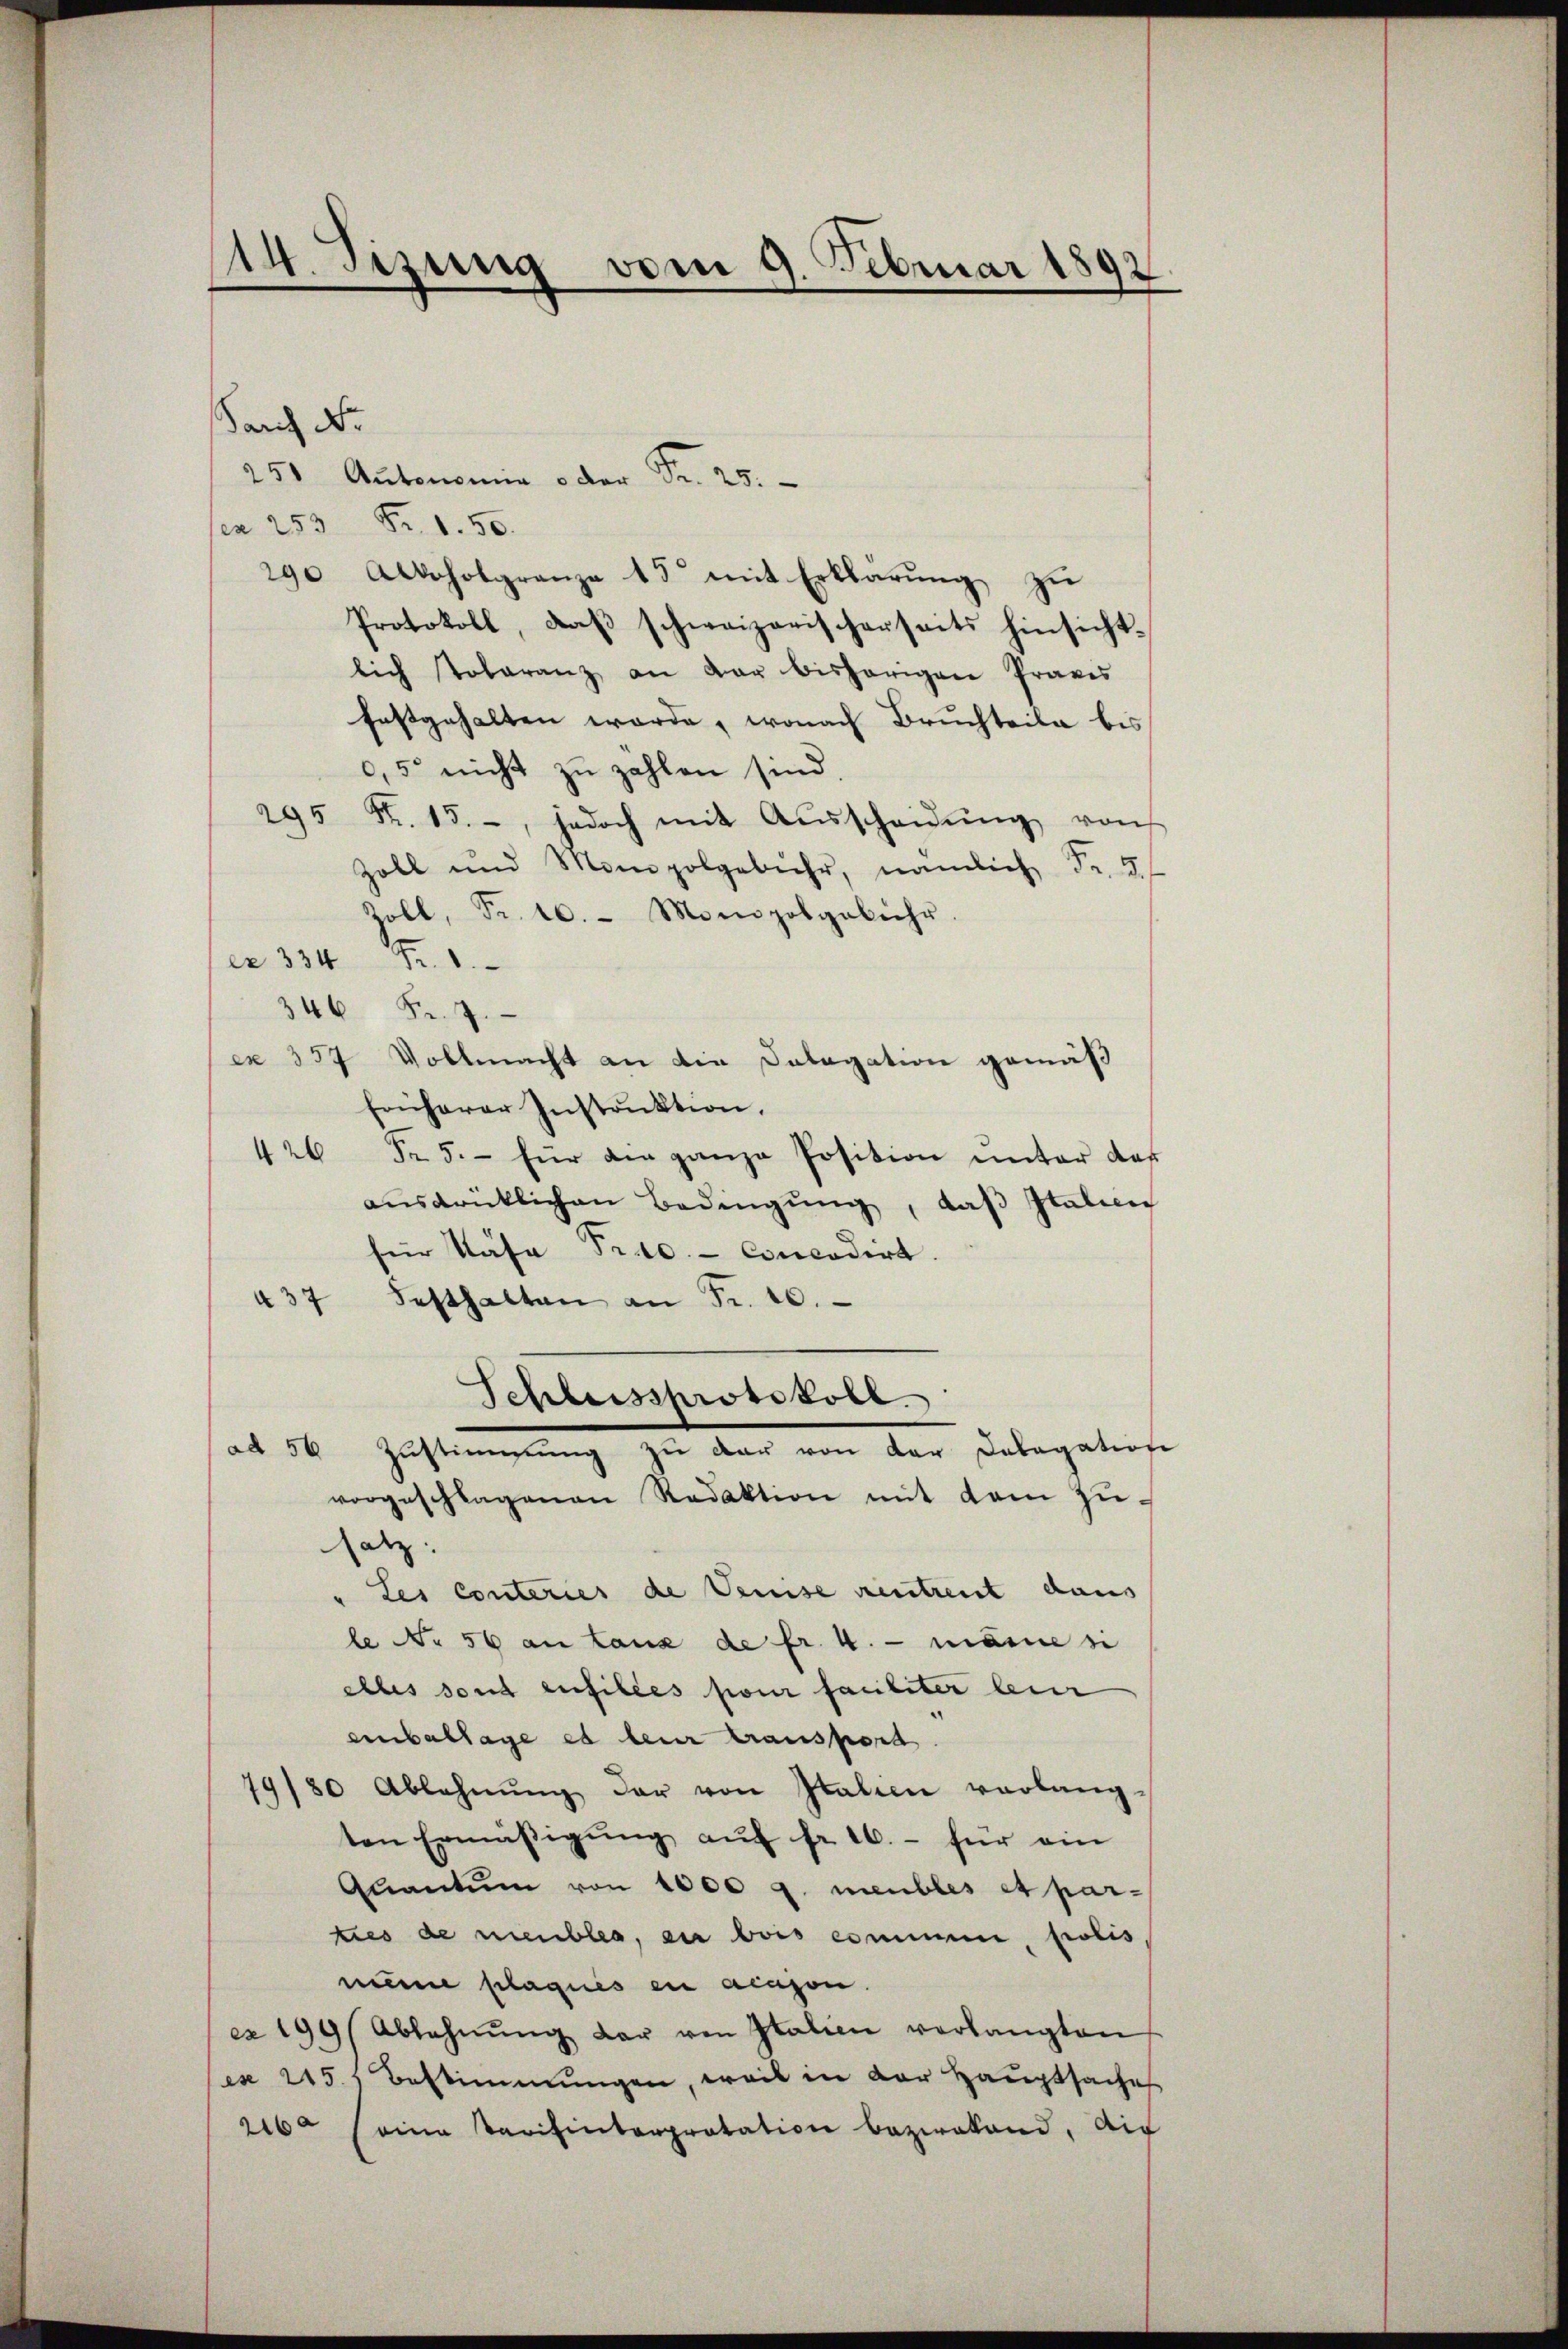
14. Sizung vom 9. Februar 1892
e

Sang Nr.
251 Autonomia o der Fr. 25.
sen 253 Fr. 1. 50.
290 Alkoholgrenza 15 mit Erklärŭng zŭ
Protokoll, daβ schweizerischerseits hinsicht-
lich Tobaranz an dar bisherigen Praxis
festgehalten werde, wonach Bruchteile bis
0,5 nicht zu zahlen sind.
295 Fr. 15., jedoch mit Aŭsscheidŭng von
Zoll und Monopolgebühr, nämlich Fr. 3.)
Zoll, Fr. 10. Monopolgebühr.
Fr. 1.
ex 334
346 Fr. 7.
ex 354
Vollmacht an die Datagation gemäß
früherer Instruktion.
426 Fr. 5.- für die ganze Position unter das
aŭsdrücklichen Bedingŭng, daβ Italien
für Käse Proc. concedirt.
Festhalten an Fr. 10.
§ 32
Schlussprotokoll.
ad 50. Zustimmung zu den von der Polegatione
vorgeschlagenen Redaktion mit dem zŭ-
satz:
" Les conteries de Demise rentreit daus
le No 56 an Lanz de fr. 4. — meinen
elles sont enfilles pour familiter leur
einballage et leur transpord.
79/80 Ablehnŭng der von Italien verlang-
ten Ermäβigŭng aŭf fr. 10.- für ein
Quantum von 1000 g. meubles et par-
ties de meubles, ein bois commen, polis
meine plaques en acason.
cx 199/ Ablehnŭng der von Italien verlangten
es 245.) Bestimmungen, weil in der Hauptsaches
eine Parisinterpretation bezwakand, ain
26